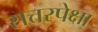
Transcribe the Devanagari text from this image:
सत्तरपेक्षा